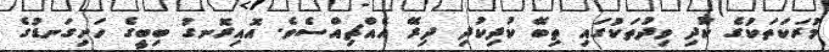
މުރަކަތަކުގެ ކުދި ވިދުތަކުގައި ތިބޭ ކުދިކުދި ދިރޭ އެއްޗިއްސެވެ. އޮއިރޮނގު ބިބީގެ ހަށިގަނޑުގެ